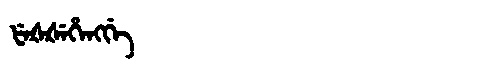
Manchu: ᡶᡝᡧᡧᡝᡥᡝᠩᡤᡝ
Romanization: FEŠŠEHENGGE